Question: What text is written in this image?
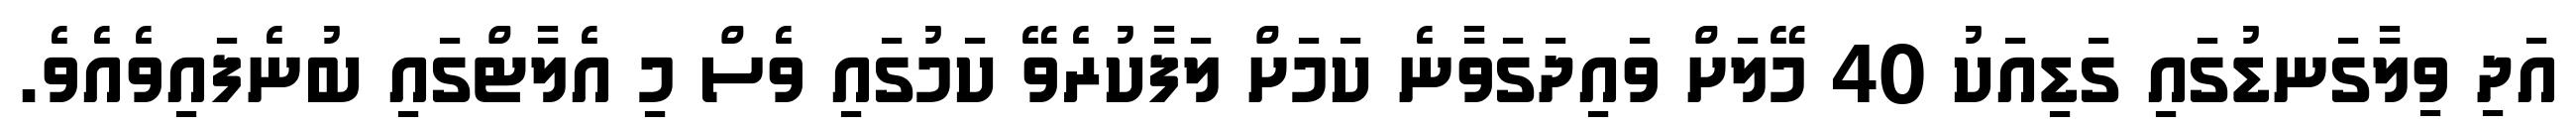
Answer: އަދި ވިލާގަނޑުގައި ގަޑިއަކު 40 މޭލަށް ވައިދަގަވާނެ ކަމަށް ލަފާކުރެވޭ ކަމުގައި ވެސް މި އެލާޓްގައި ބުނެފައިވެއެވެ.